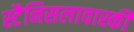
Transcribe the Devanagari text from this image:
स्टैनिसलावास्की